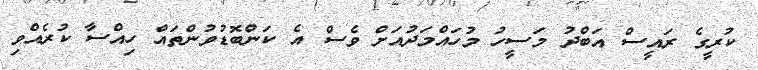
ކުރީގެ ރައީސް އަބްދު މަސީހު މުހައްމަދުއަށް ވެސް އެ ކަންބޮޑުވުންތައް ހިއްސާ ކުރެއްވި